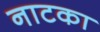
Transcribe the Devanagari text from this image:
नाटका